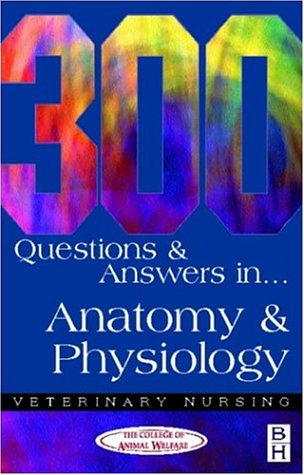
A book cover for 300 Questions and  Answers in Anatomy and Physiology for Veterinary Nurses, 2e (Veterinary Nursing); CAW; Medical Books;